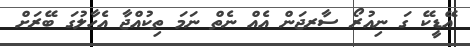
އޭޑީކޭ ގަ ނިއުރޯ ސާރޖަން އެއް ނެތް ނަމަ ތިކުއްޖާ އެހާލުގަ ބޭރަށް